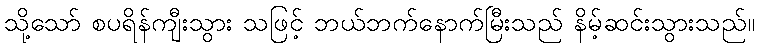
သို့သော် စပရိန်ကျီးသွား သဖြင့် ဘယ်ဘက်နောက်မြီးသည် နိမ့်ဆင်းသွားသည်။